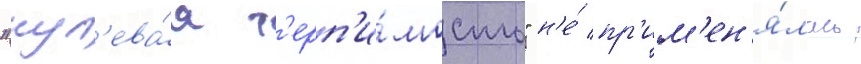
"нул'ева́я т'ерп'и́мость" н'е́ пр'им'ен'я́лась